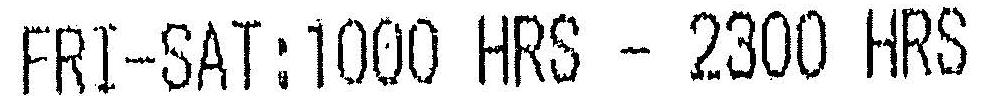
FRI-SAT:1000 HRS - 2300 HRS